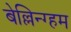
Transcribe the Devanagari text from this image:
बेल्लिन्ग्हम